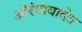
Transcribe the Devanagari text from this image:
ऒरंगाबादेत